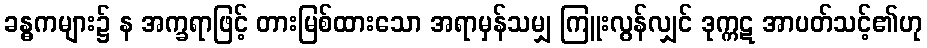
ခန္ဓကများ၌ န အက္ခရာဖြင့် တားမြစ်ထားသော အရာမှန်သမျှ ကြူးလွန်လျှင် ဒုက္ကဋ အာပတ်သင့်၏ဟု